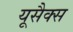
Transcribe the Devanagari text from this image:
यूसैक्स